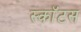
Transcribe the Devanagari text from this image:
स्काॅटस